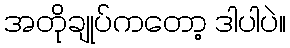
အတိုချုပ်ကတော့ ဒါပါပဲ။